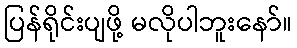
ပြန်ရိုင်းပျဖို့ မလိုပါဘူးနော်။